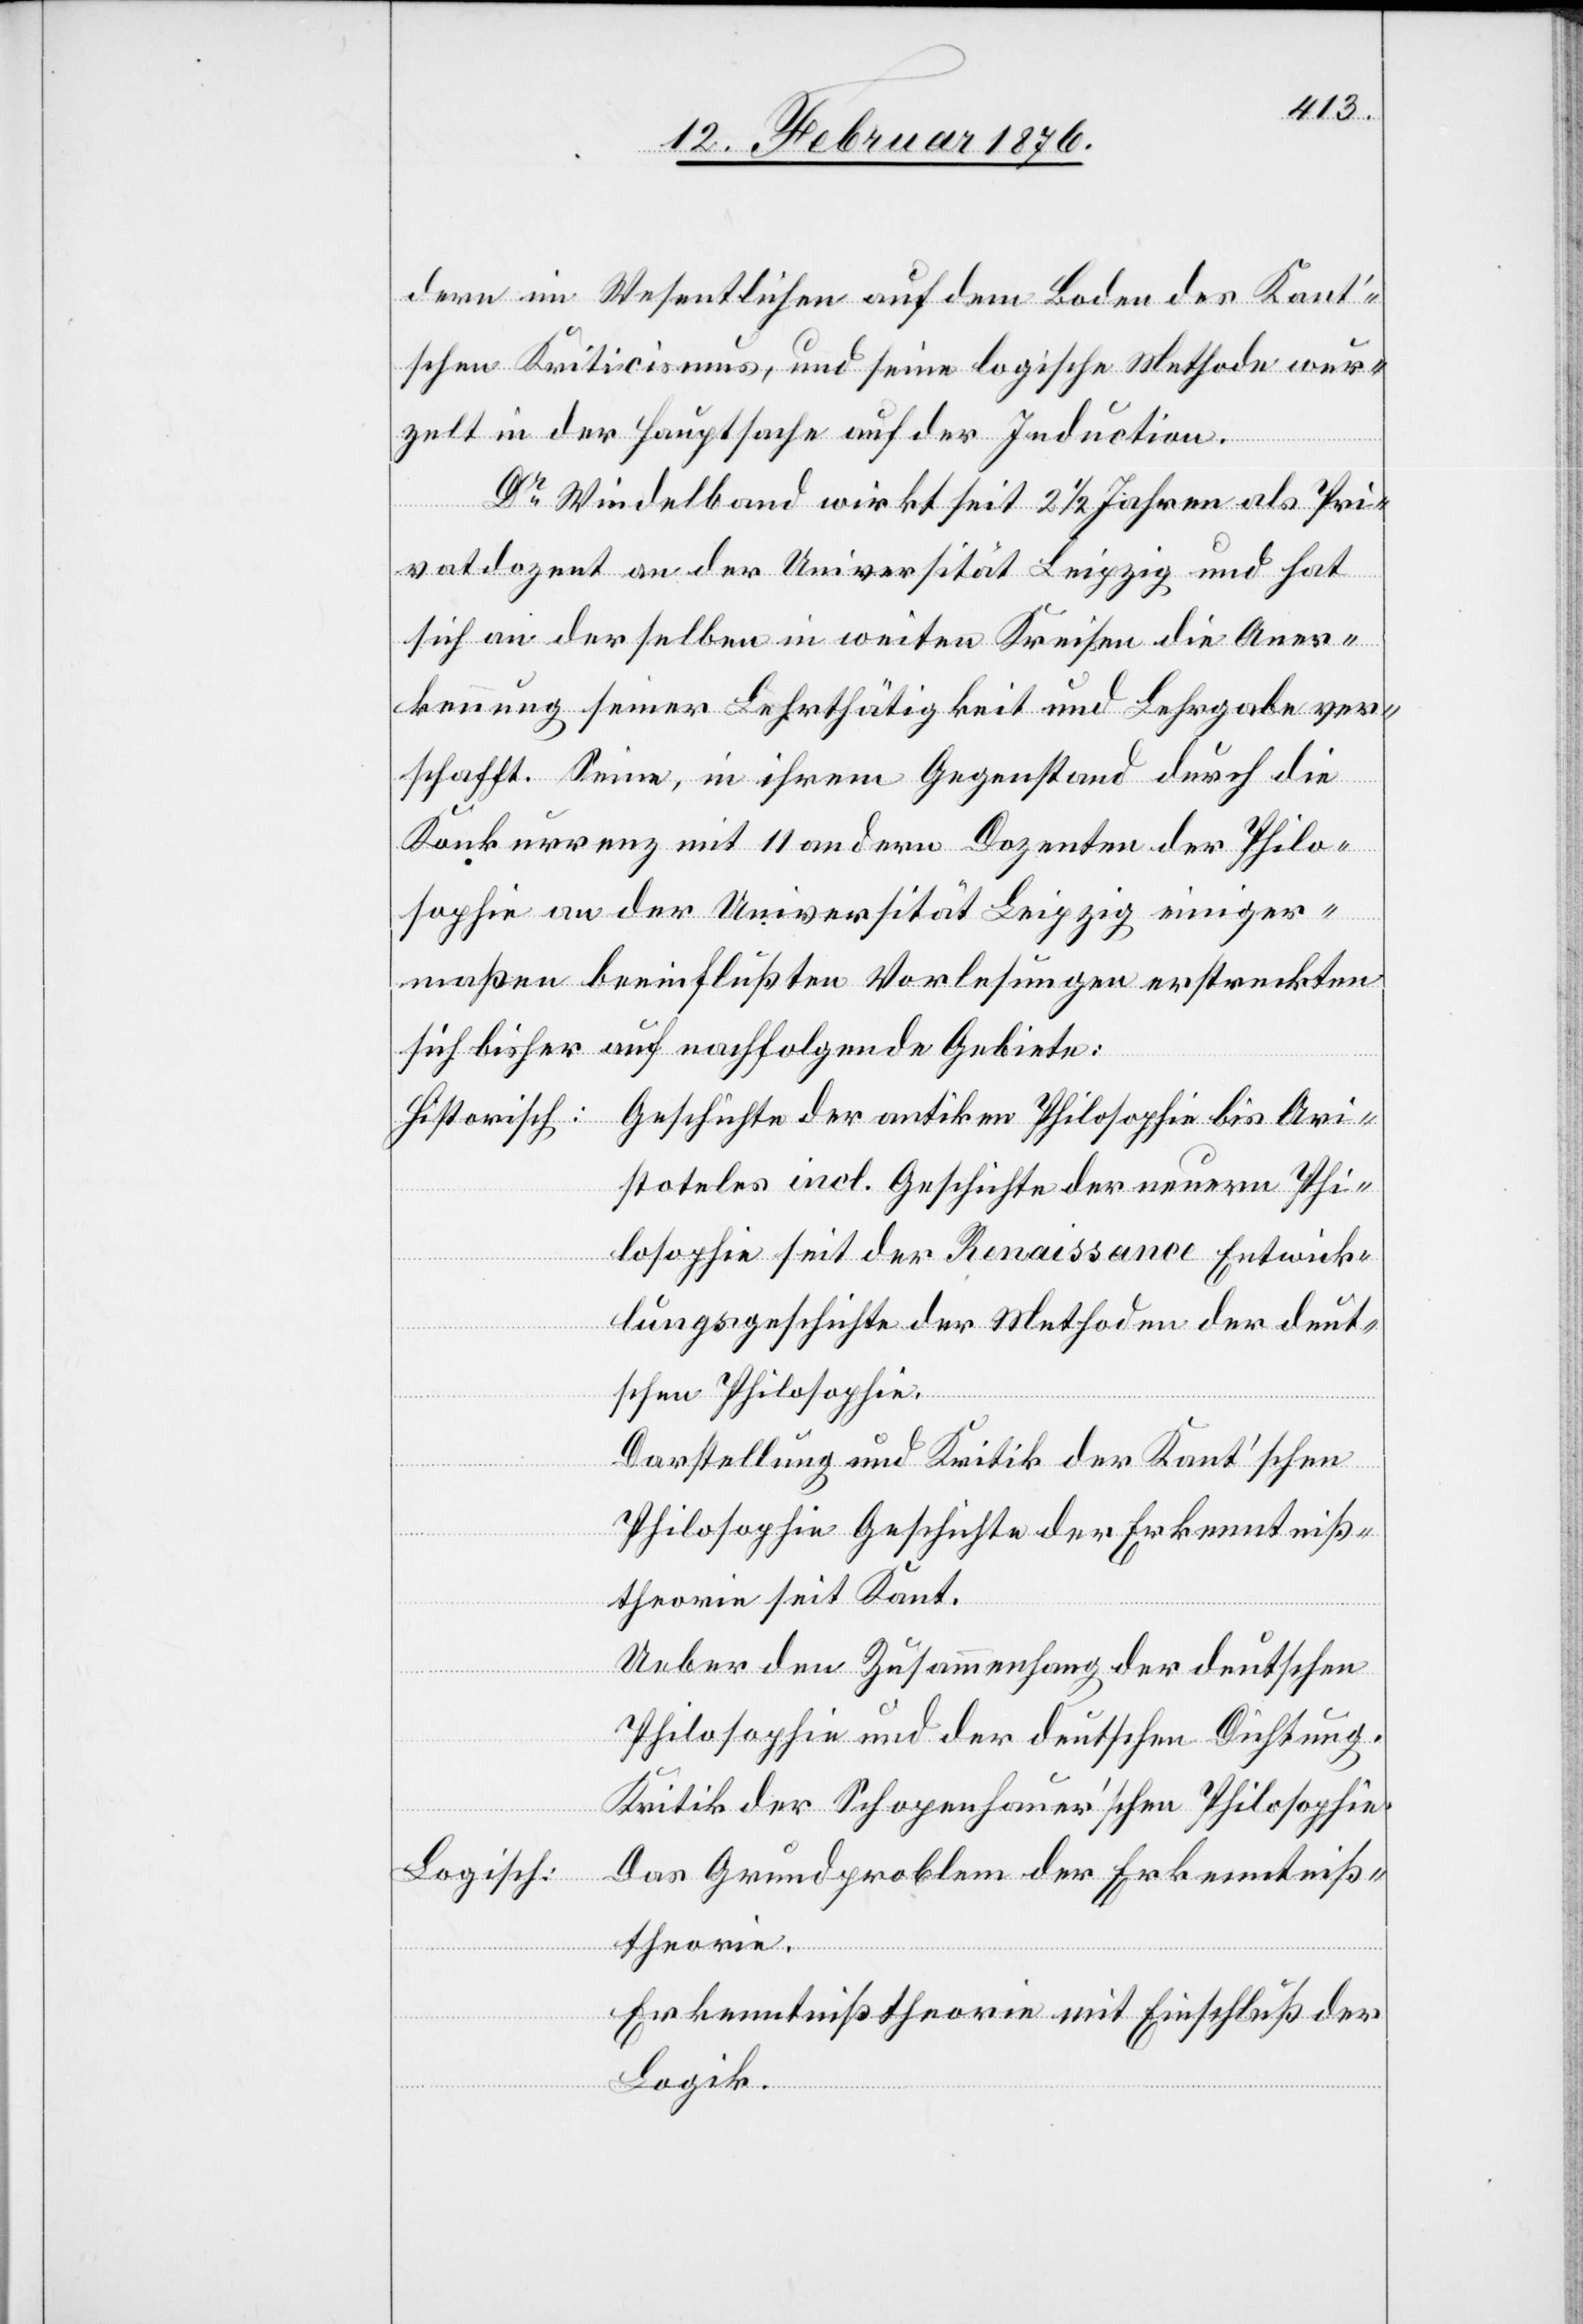
dern im Wesentlichen auf dem Boden des Kant’s¬
chen Kriticismus, und seine logische Methode wur¬
zelt in der Hauptsache auf der Induction.
antiken
Dr Windelband wirkt seit 2 1/2 Jahren als Pri¬
vatdozent an der Universität Leipzig und hat
sich an derselben in weiten Kreisen die Aner¬
kennung seiner Lehrthätigkeit und Lehrgabe ver¬
schafft. Seine, in ihrem Gegenstand durch die
Konkurrenz mit 11 Andern Dozenten der Philo¬
sophie an der Universität Leipzig einiger¬
maßen beeinflußten Vorlesungen erstreckten
sich bisher auf nachfolgende Gebiete:
stoteles incl. Geschichte der neuern Phi¬
losophie seit der Renaissance Entwick¬
lungsgeschichte der Methode der deut¬
schen Philosophie.
Darstellung und Kritik der Kant’schen
Philosophie Geschichte der Erkenntniß¬
Ari¬
theorie seit Kant.
Ueber den Zusammenhang der deutschen
Philosophie und der deutschen Dichtung.
Kritik der Schopenhauer’schen Philosophie.
Logisch:
Das Grundproblem der Erkenntniß¬
theorie.
Erkenntnistheorie mit Einschluß der
Logik.